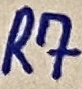
Text: R7